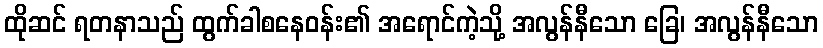
ထိုဆင် ရတနာသည် ထွက်ခါစနေဝန်း၏ အရောင်ကဲ့သို့ အလွန်နီသော ခြေ၊ အလွန်နီသော